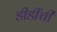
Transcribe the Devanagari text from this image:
डीडींची